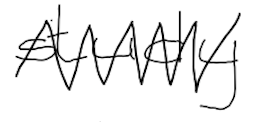
Text: study
Cross-out: zig-zag
Writing tool: digital_black